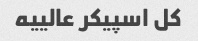
کل اسپیکر عالییه